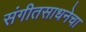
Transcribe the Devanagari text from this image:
संगीतसाधनेचा